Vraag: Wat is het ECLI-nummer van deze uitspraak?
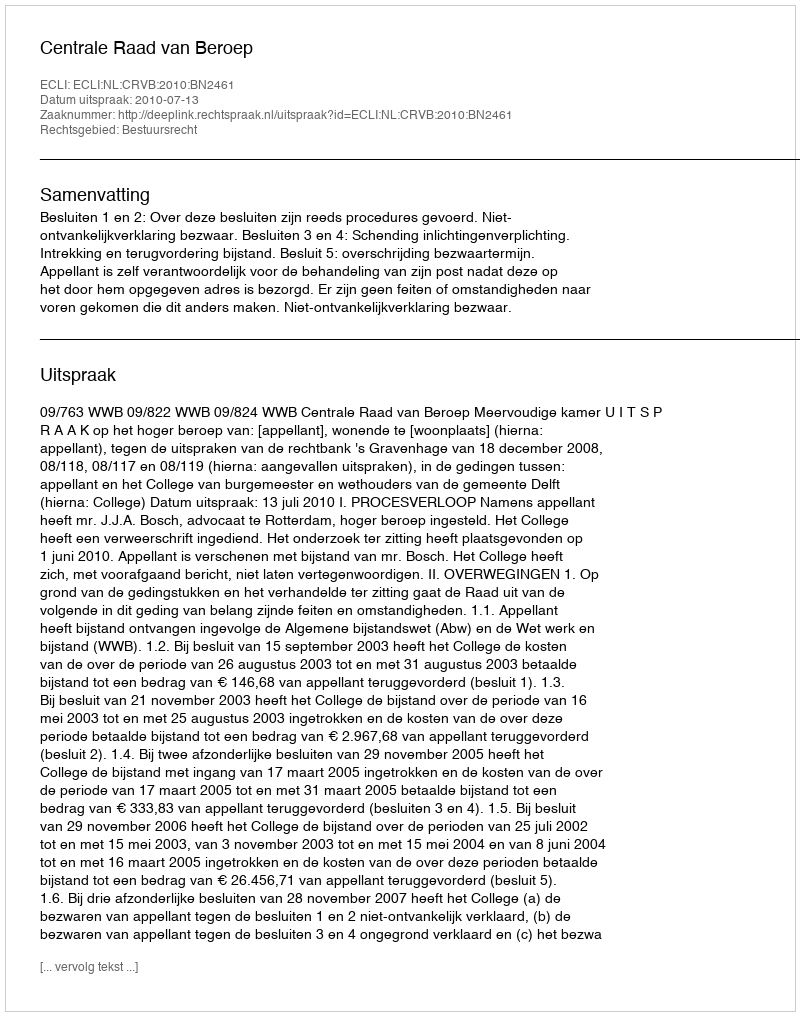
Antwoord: ECLI:NL:CRVB:2010:BN2461